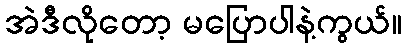
အဲဒီလိုတော့ မပြောပါနဲ့ကွယ်။